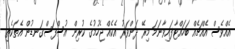
އެއްވެސް އެއްޗެއް ބަހައްޓާފައިވާނަމަ މިރޭ ދަންވަރު އެކެއް ޖެހުމުގެ ކުރިން އުސްފަސްގަނޑުން އެތަކެތި